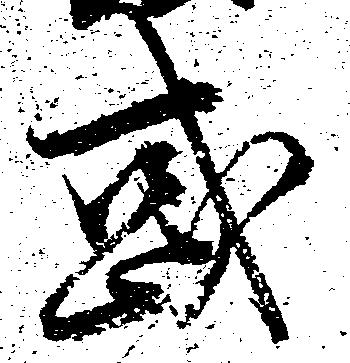
或